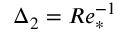
\Delta _ { 2 } = R e _ { * } ^ { - 1 }